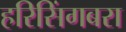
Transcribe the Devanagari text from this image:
हरिसिंगबरा